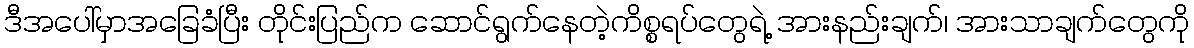
ဒီအပေါ်မှာအခြေခံပြီး တိုင်းပြည်က ဆောင်ရွက်နေတဲ့ကိစ္စရပ်တွေရဲ့ အားနည်းချက်၊ အားသာချက်တွေကို